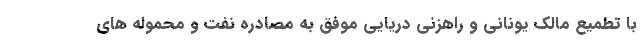
با تطمیع مالک یونانی و راهزنی دریایی موفق به مصادره نفت و محموله های